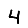
Digit: 4